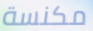
مكنسة